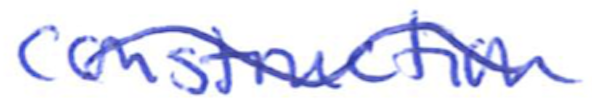
Text: construction
Cross-out: wave
Writing tool: ballpoint